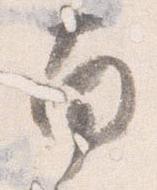
南